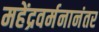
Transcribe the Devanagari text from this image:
महेंद्रवर्मनानंतर